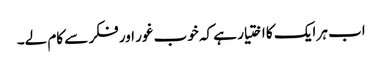
اب ہر ایک کا اختیار ہے کہ خوب غور اور فکر سے کام لے۔